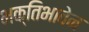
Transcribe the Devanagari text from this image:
भक्तिभावेन